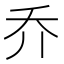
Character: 乔